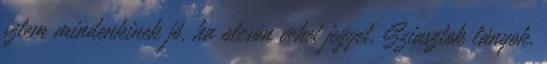
sztem mindenkinek jó, ha olcsón vehet jegyet, Sziasztok lányok.